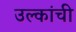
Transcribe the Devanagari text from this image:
उल्कांची